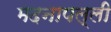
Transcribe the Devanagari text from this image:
मदनापल्ली